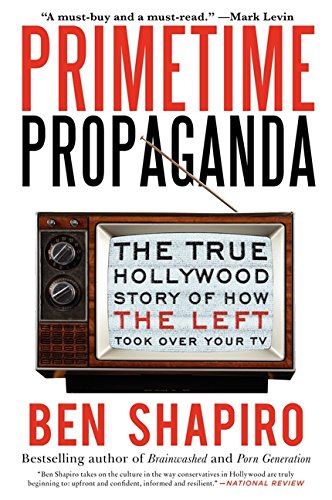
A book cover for Primetime Propaganda: The True Hollywood Story of How the Left Took Over Your TV; Ben Shapiro; Humor & Entertainment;